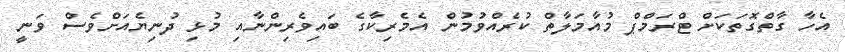
އެހާ ގާތްގޮތަކަށް ޓްރަމްޕް މުއާމަލާތް ކުރެއްވުމުން އެމެރިކާގެ ބައިވެރިންނާއި މުޅި ދުނިޔެއަށްވެސް ވަނީ